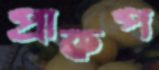
প্রাকপ